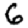
Digit: 6